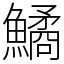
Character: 鱊